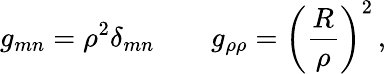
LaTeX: g_{mn}=\rho^{2}\delta_{mn}\qquad g_{\rho\rho}=\left({\frac{R}{\rho}}\right)^{2}\, ,